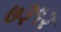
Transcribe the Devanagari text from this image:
७३१२